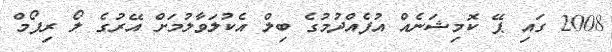
2008 ގައި ޕޭ ކޮމިޝަނެއް އުފެއްދުމުގެ ބިލް އެކުލަވާލުމަށް އޭރުގެ ލޯ ރިފޯމް